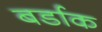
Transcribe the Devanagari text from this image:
बर्डाक